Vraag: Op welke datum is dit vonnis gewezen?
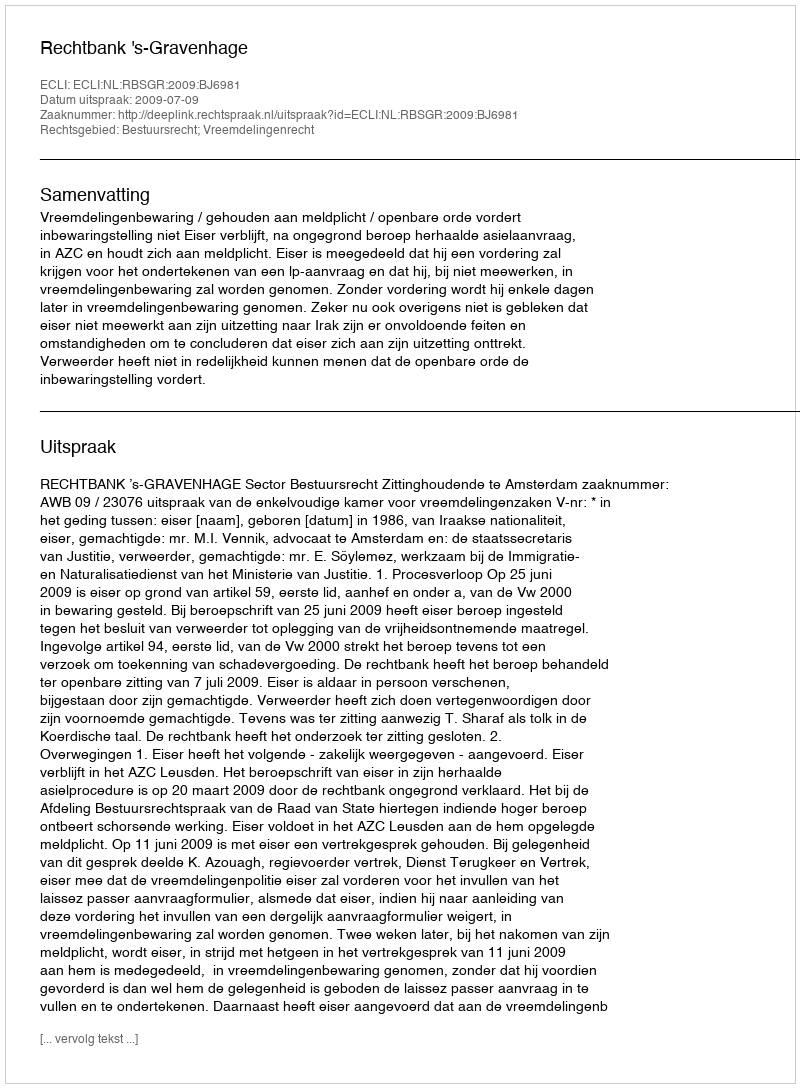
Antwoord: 2009-07-09